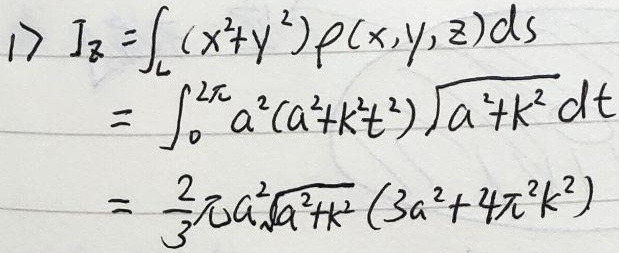
1)
\[
\begin{align*}
J_{z}&=\int_{L}(x^{2}+y^{2})\rho(x,y,z)ds\\
&=\int_{0}^{2\pi}a^{2}(a^{2}+k^{2}t^{2})\sqrt{a^{2}+k^{2}}dt\\
&=\frac{2}{3}\pi a^{2}\sqrt{a^{2}+k^{2}}(3a^{2}+4\pi^{2}k^{2})
\end{align*}
\]